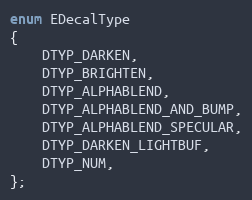
Language: C
enum EDecalType
{
	DTYP_DARKEN,
	DTYP_BRIGHTEN,
	DTYP_ALPHABLEND,
	DTYP_ALPHABLEND_AND_BUMP,
	DTYP_ALPHABLEND_SPECULAR,
	DTYP_DARKEN_LIGHTBUF,
	DTYP_NUM,
};